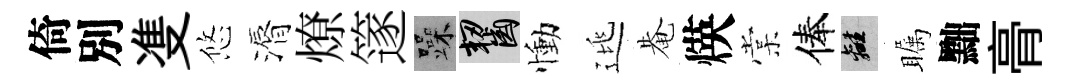
倚別㕠悠漘燎篴躁齧慟逃𤲅煐棠俸離瞩黜𮌔